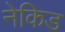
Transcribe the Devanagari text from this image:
नेकिड